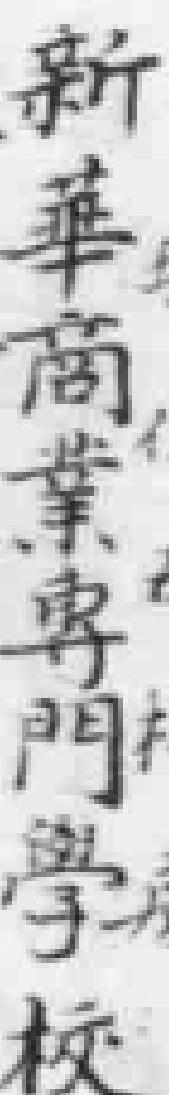
新華商業門學校